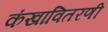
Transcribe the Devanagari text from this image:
कंखावितरणी